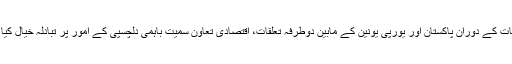
ملاقات کے دوران پاکستان اور یورپی یونین کے مابین دوطرفہ تعلقات، اقتصادی تعاون سمیت باہمی دلچسپی کے امور پر تبادلہ خیال کیا گیا۔